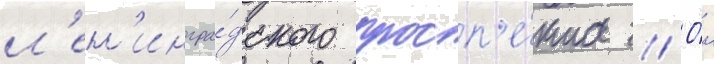
л'ен'ингра́дского просп'е́кта // О́н